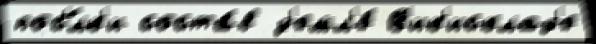
пос'́лк'и соста́в з'емл'е́ В'ик'исклад'е